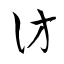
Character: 仿